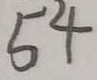
5 4